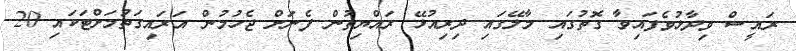
ރައީސް ވިދާޅުވެފައިވާ ގޮތުގައި މާލޭގައި ދިރިއުޅޭ ރައްޔިތުން ފެނަށް ޖެހުމުން އަރައިގަތުމަށްޓަކައި 20